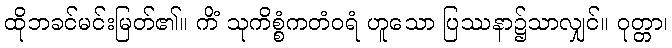
ထိုဘခင်မင်းမြတ်၏။ ကိံ သုကိစ္စံကတံဝရံ ဟူသော ပြဿနာ၌သာလျှင်။ ဝုတ္တာ၊